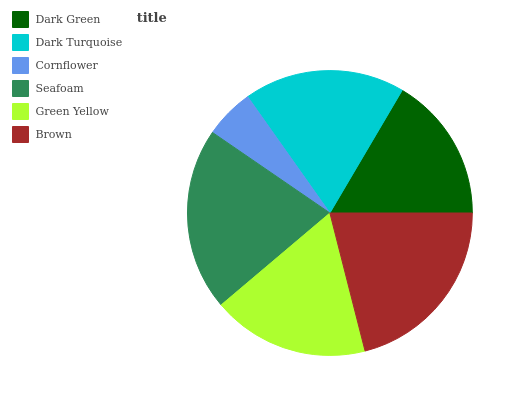
| Dark Green | Dark Turquoise | Cornflower | Seafoam | Green Yellow | Brown |
 | --- | --- | --- | --- | --- | --- |
 | 16.5% | 18.3% | 5.63% | 20.7% | 17.8% | 21% |